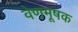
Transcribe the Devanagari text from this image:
वेणमूषक